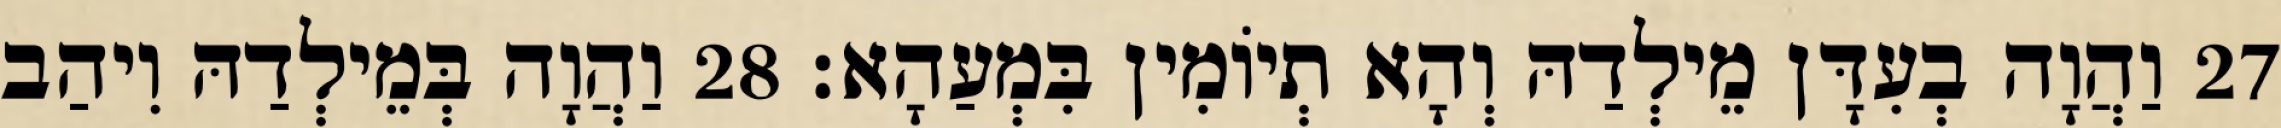
27 וַהֲוָה בְעִדָּן מֵילְדַהּ וְהָא תְיוֹמִין בִּמְעַהָא׃ 28 וַהֲוָה בְּמֵילְדַהּ וִיהַב